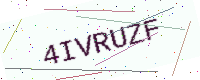
Text: 4IVRUZF